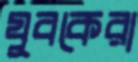
যুবকেরা